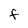
Character: F